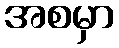
အစမှာ